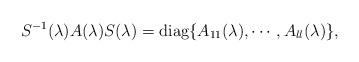
LaTeX: \begin{align*} S^{-1}(\lambda)A(\lambda)S(\lambda)=\mathrm{diag}\{A_{11}(\lambda),\cdots,A_{ll}(\lambda)\},\end{align*}